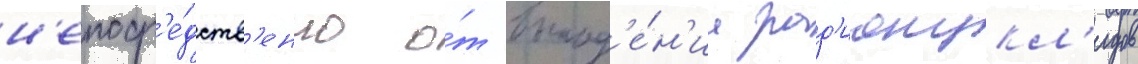
н'епоср'е́дств'енно о́т выпад'е́н'иа рад'ионукл'идов